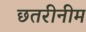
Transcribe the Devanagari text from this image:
छतरीनीम